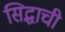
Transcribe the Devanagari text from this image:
सिद्धाची